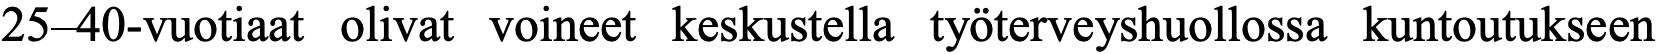
25–40-vuotiaat olivat voineet keskustella työterveyshuollossa kuntoutukseen